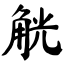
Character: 觥